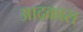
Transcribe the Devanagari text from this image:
आद्रकास